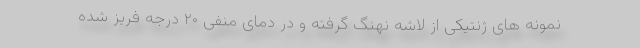
نمونه های ژنتیکی از لاشه نهنگ گرفته و در دمای منفی ۲۰ درجه فریز شده